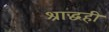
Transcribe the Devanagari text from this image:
श्राद्धही